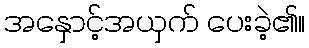
အနှောင့်အယှက် ပေးခဲ့၏။